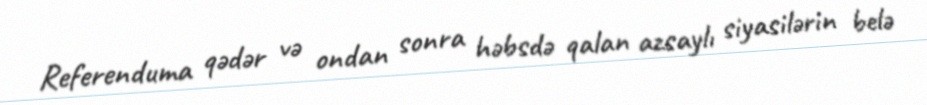
Referenduma qədər və ondan sonra həbsdə qalan azsaylı siyasilərin belə